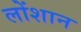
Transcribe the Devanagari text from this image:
लोंशान